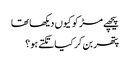
پیچھے مڑ کو کیوں دیکھا تھا
پتھر بن کر کیا تکتے ہو؟